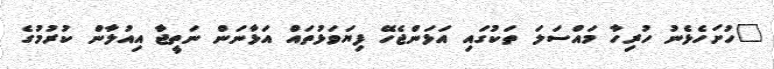
"ހުށަހެޅެނު ހުރިހާ މައްސަލަ ތަކުގައި އަޅަންޖެހޭ ފިޔަވަޅުތައް އަޅާނަން ނަތީޖާ އިއުލާން ކުރުމުގެ